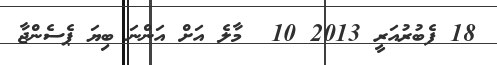
18 ފެބުރުއަރީ 2013 10  މާލެ އަށް އަންނަ ބިޔަ ޕެސެންޖާ